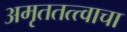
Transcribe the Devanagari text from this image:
अमृततत्त्वाचा